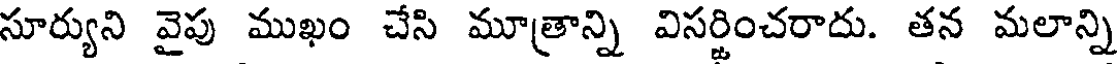
సూర్యుని వైపు ముఖం చేసి మూత్రాన్ని విసర్జించరాదు. తన మలాన్ని